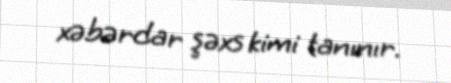
xəbərdar şəxs kimi tanınır.